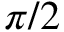
\pi / 2